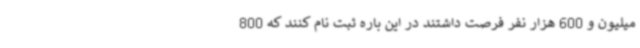
میلیون و 600 هزار نفر فرصت داشتند در این باره ثبت نام کنند که 800